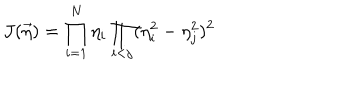
LaTeX: J ( \vec { \eta } ) = \prod _ { i = 1 } ^ { N } \eta _ { i } \prod _ { i < j } ( \eta _ { i } ^ { 2 } - \eta _ { j } ^ { 2 } ) ^ { 2 }